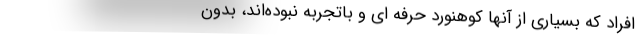
افراد که بسیاری از آنها کوهنورد حرفه ای و باتجربه نبوده‌اند، بدون